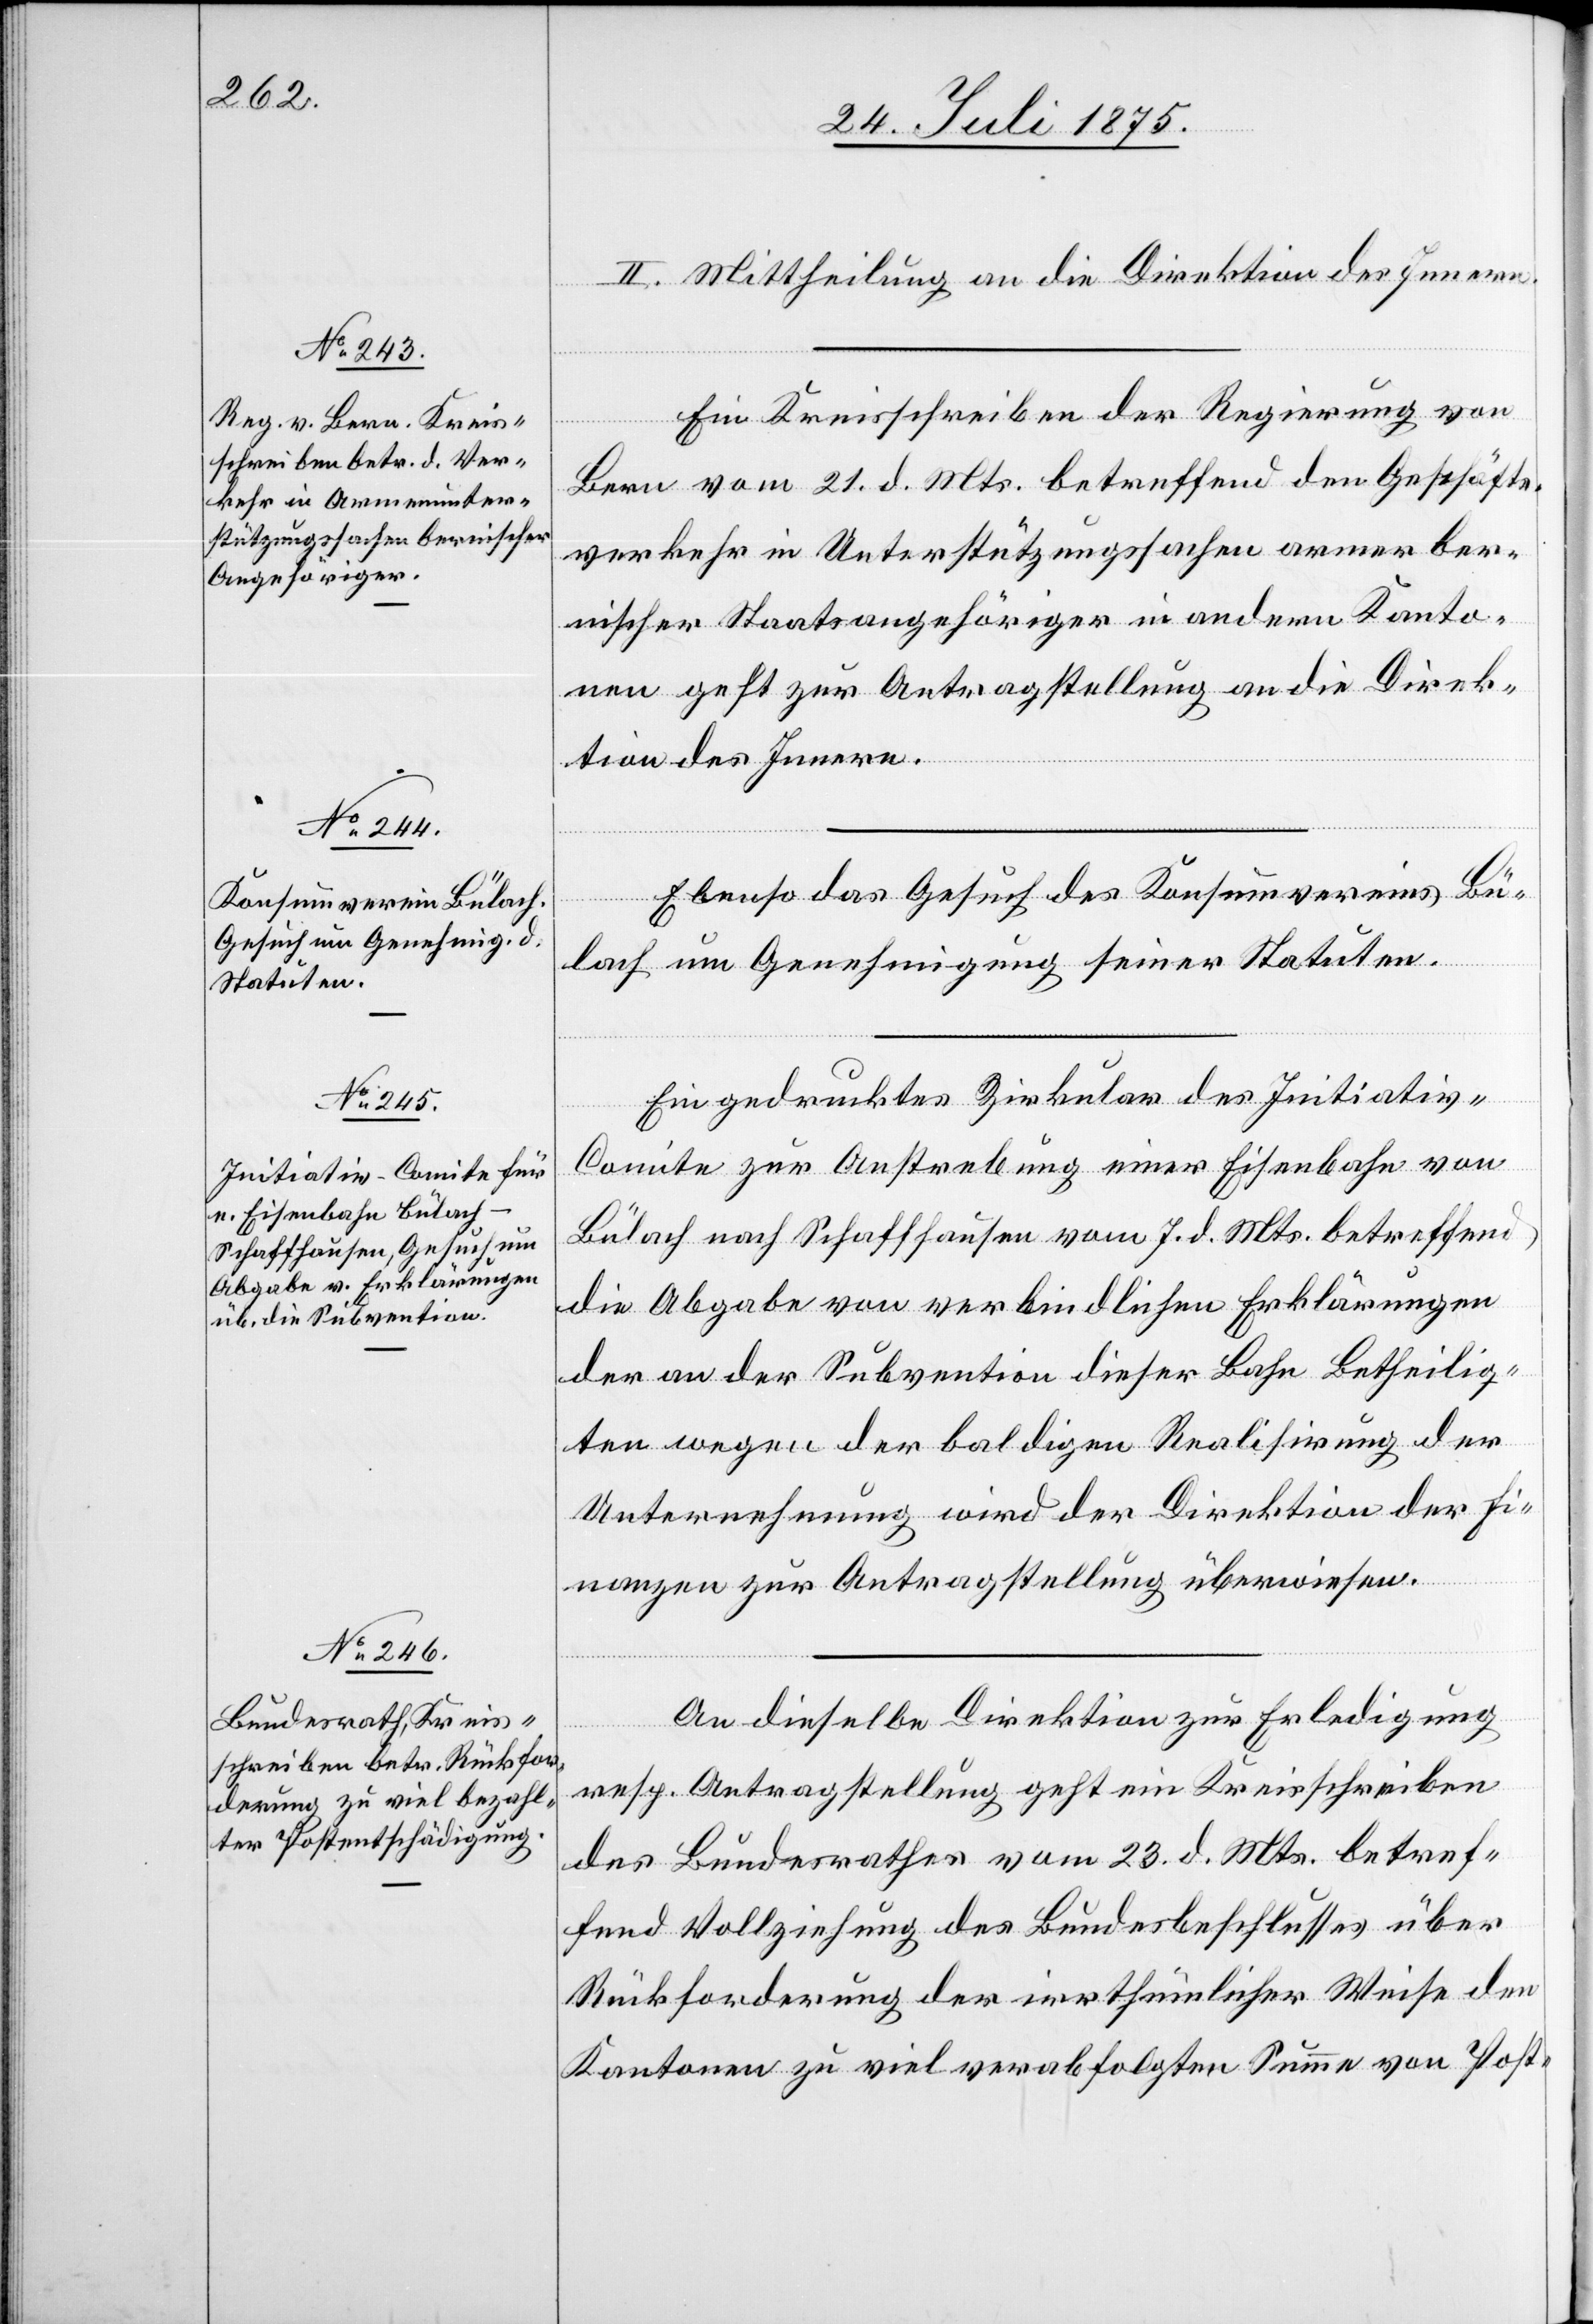
27. Juli 1875.]
II. Mittheilung an die Direktion des Innern.
Ein Kreisschreiben der Regierung von
Bern vom 21. d. Mts. betreffend den Geschäfts¬
verkehr in Unterstützungssachen armer ber¬
nischer Staatsangehöriger in andern Kanto¬
nen geht zur Antragstellung an die Direk¬
tion des Innern.
Ebenso das Gesuch des Konsumvereins Bü¬
lach um Genehmigung seiner Statuten.
Ein gedrucktes Zirkular des Initiativ-C¬
omite zur Anstrebung einer Eisenbahn von
Bülach nach Schaffhausen vom 7. d. Mts. betreffend
die Abgabe von verbindlichen Erklärungen
der an der Subvention dieser Bahn Betheilig¬
ten wegen der baldigen Realisirung der
Unternehmung wird der Direktion der Fi¬
nanzen zur Antragstellung überwiesen.
An dieselbe Direktion zur Erledigung
ungen.
resp. Antragstellung geht ein Kreisschreiben
des Bundesrathes vom 23. d. Mts. betref¬
fend Vollziehung des Bundesbeschlusses über
Rückforderung der irrthümlicher Weise den
Kantonen zu viel verabfolgten Summe von Post-